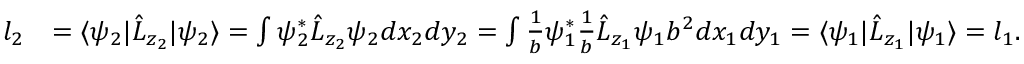
\begin{array} { r l } { l _ { 2 } } & { = \langle \psi _ { 2 } | \hat { L } _ { z _ { 2 } } | \psi _ { 2 } \rangle = \int { \psi _ { 2 } ^ { * } \hat { L } _ { z _ { 2 } } \psi _ { 2 } d x _ { 2 } d y _ { 2 } } = \int { \frac { 1 } { b } \psi _ { 1 } ^ { * } \frac { 1 } { b } \hat { L } _ { z _ { 1 } } \psi _ { 1 } b ^ { 2 } d x _ { 1 } d y _ { 1 } } = \langle \psi _ { 1 } | \hat { L } _ { z _ { 1 } } | \psi _ { 1 } \rangle = l _ { 1 } . } \end{array}